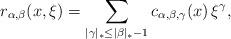
LaTeX: \begin{align*} r_{\alpha,\beta}(x,\xi) = \sum_{|\gamma|_{*}\leq|\beta|_{*}-1} c_{\alpha,\beta,\gamma}(x)\,\xi^\gamma, \end{align*}